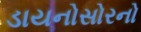
ડાયનોસોરનો